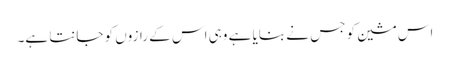
اس مشین کو جس نے بنایا ہے وہی اس کے رازوں کو جانتا ہے۔